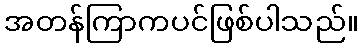
အတန်ကြာကပင်ဖြစ်ပါသည်။